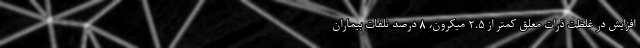
افزایش در غلظت ذرات معلق کمتر از ۲.۵ میکرون، ۸ درصد تلفات بیماران